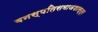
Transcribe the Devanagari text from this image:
वनस्पतिसमाजशास्त्र